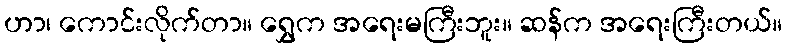
ဟာ၊ ကောင်းလိုက်တာ။ ရွှေက အရေးမကြီးဘူး။ ဆန်က အရေးကြီးတယ်။